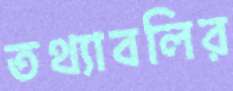
তথ্যাবলির